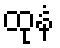
ထုနံ